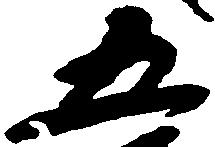
五